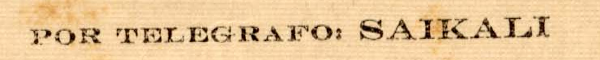
POR TELEGRAFO: SAIKALI